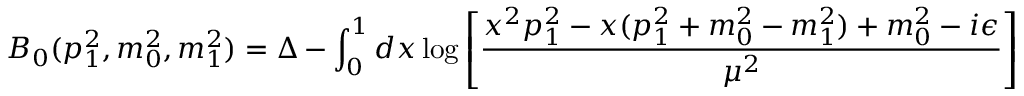
B _ { 0 } ( p _ { 1 } ^ { 2 } , m _ { 0 } ^ { 2 } , m _ { 1 } ^ { 2 } ) = \Delta - \int _ { 0 } ^ { 1 } d x \log \left[ \frac { x ^ { 2 } p _ { 1 } ^ { 2 } - x ( p _ { 1 } ^ { 2 } + m _ { 0 } ^ { 2 } - m _ { 1 } ^ { 2 } ) + m _ { 0 } ^ { 2 } - i \epsilon } { \mu ^ { 2 } } \right]